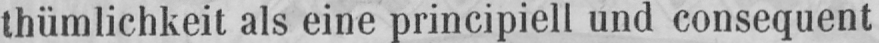
thümlichkeit als eine principiell und consequent